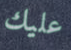
عليك